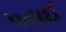
પવાઈ